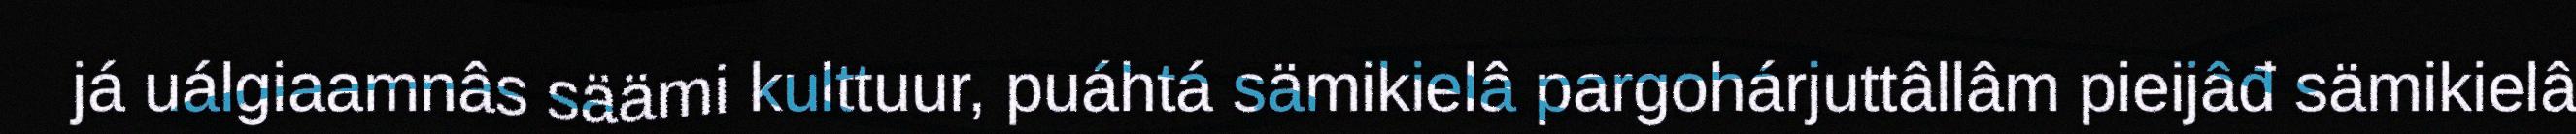
já uálgiaamnâs säämi kulttuur, puáhtá sämikielâ pargohárjuttâllâm pieijâđ sämikielâ